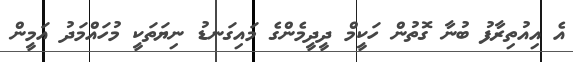
އެ އިއުތިރާފު ބުނާ ގޮތުން ހަކީމް ދީދީމެންގެ މައިގަނޑު ނިޔަތަކީ މުހައްމަދު އަމީން